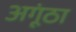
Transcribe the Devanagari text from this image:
अगूंठा